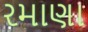
રમાણા